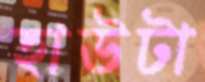
হাউটা